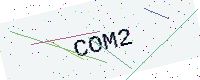
Text: COM2